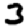
Digit: 3